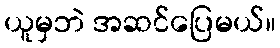
ယူမှဘဲ အဆင်ပြေမယ်။